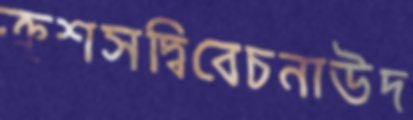
ক্রুশসদ্বিবেচনাউদ